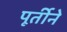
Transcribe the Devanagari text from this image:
पूर्तीने